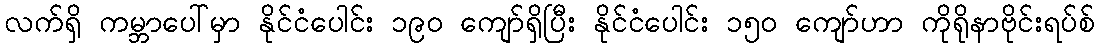
လက်ရှိ ကမ္ဘာပေါ်မှာ နိုင်ငံပေါင်း ၁၉၀ ကျော်ရှိပြီး နိုင်ငံပေါင်း ၁၅၀ ကျော်ဟာ ကိုရိုနာဗိုင်းရပ်စ်